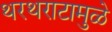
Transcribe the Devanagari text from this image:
थरथराटामुळे